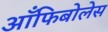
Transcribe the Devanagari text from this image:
आँफिबोलेस